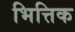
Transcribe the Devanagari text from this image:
भित्तिक